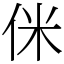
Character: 侎